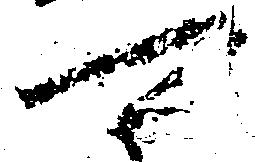
可